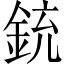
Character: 銃